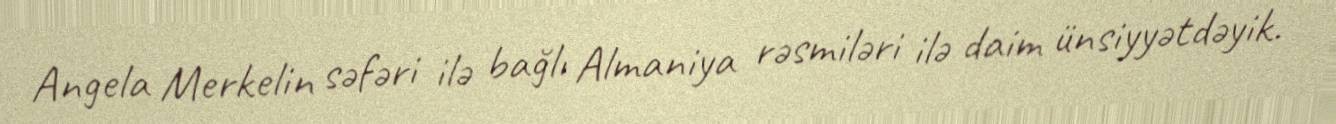
Angela Merkelin səfəri ilə bağlı Almaniya rəsmiləri ilə daim ünsiyyətdəyik.